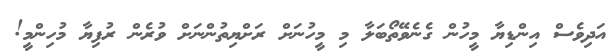
އަދިވެސް އިންޑިޔާ މީހުން ގެނެވޭތޯބަލާ މި މީހުނަށް ރަށްޔިތުންނަށް ވުރެން ރުފިޔާ މުހިންމީ!